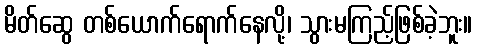
မိတ်ဆွေ တစ်ယောက်ရောက်နေလို့၊ သွားမကြည့်ဖြစ်ခဲ့ဘူး။